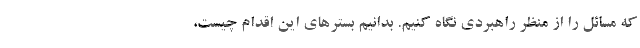
که مسائل را از منظر راهبردی نگاه کنیم. بدانیم بسترهای این اقدام چیست،